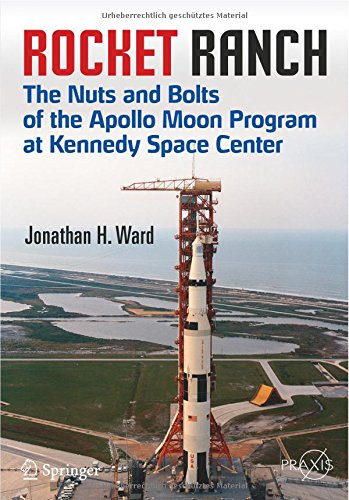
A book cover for Rocket Ranch: The Nuts and Bolts of the Apollo Moon Program at Kennedy Space Center (Springer Praxis Books); Jonathan H. Ward; Engineering & Transportation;